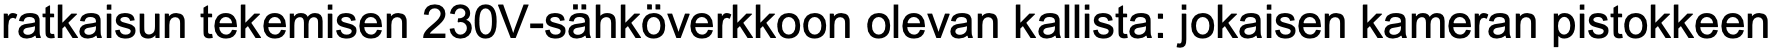
ratkaisun tekemisen 230V-sähköverkkoon olevan kallista: jokaisen kameran pistokkeen